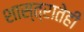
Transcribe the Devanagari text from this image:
शास्त्रातेही